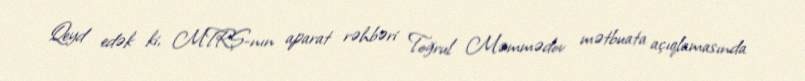
Qeyd edək ki, MTRŞ-nın aparat rəhbəri Toğrul Məmmədov mətbuata açıqlamasında